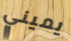
يميني